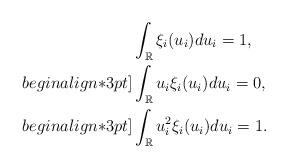
LaTeX: \begin{align*} & \int_{\mathbb{R}} \xi_i(u_i) du_i = 1 , \\begin{align*}3pt] & \int_{\mathbb{R}} u_{i }\xi_i(u_i) du_i = 0 , \\begin{align*}3pt] & \int_{\mathbb{R}} u_i^{ 2 } \xi_i(u_i) du_i = 1 . \end{align*}